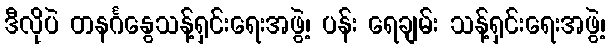
ဒီလိုပဲ တနင်္ဂနွေသန့်ရှင်းရေးအဖွဲ့၊ ပန်း ရေချမ်း သန့်ရှင်းရေးအဖွဲ့၊